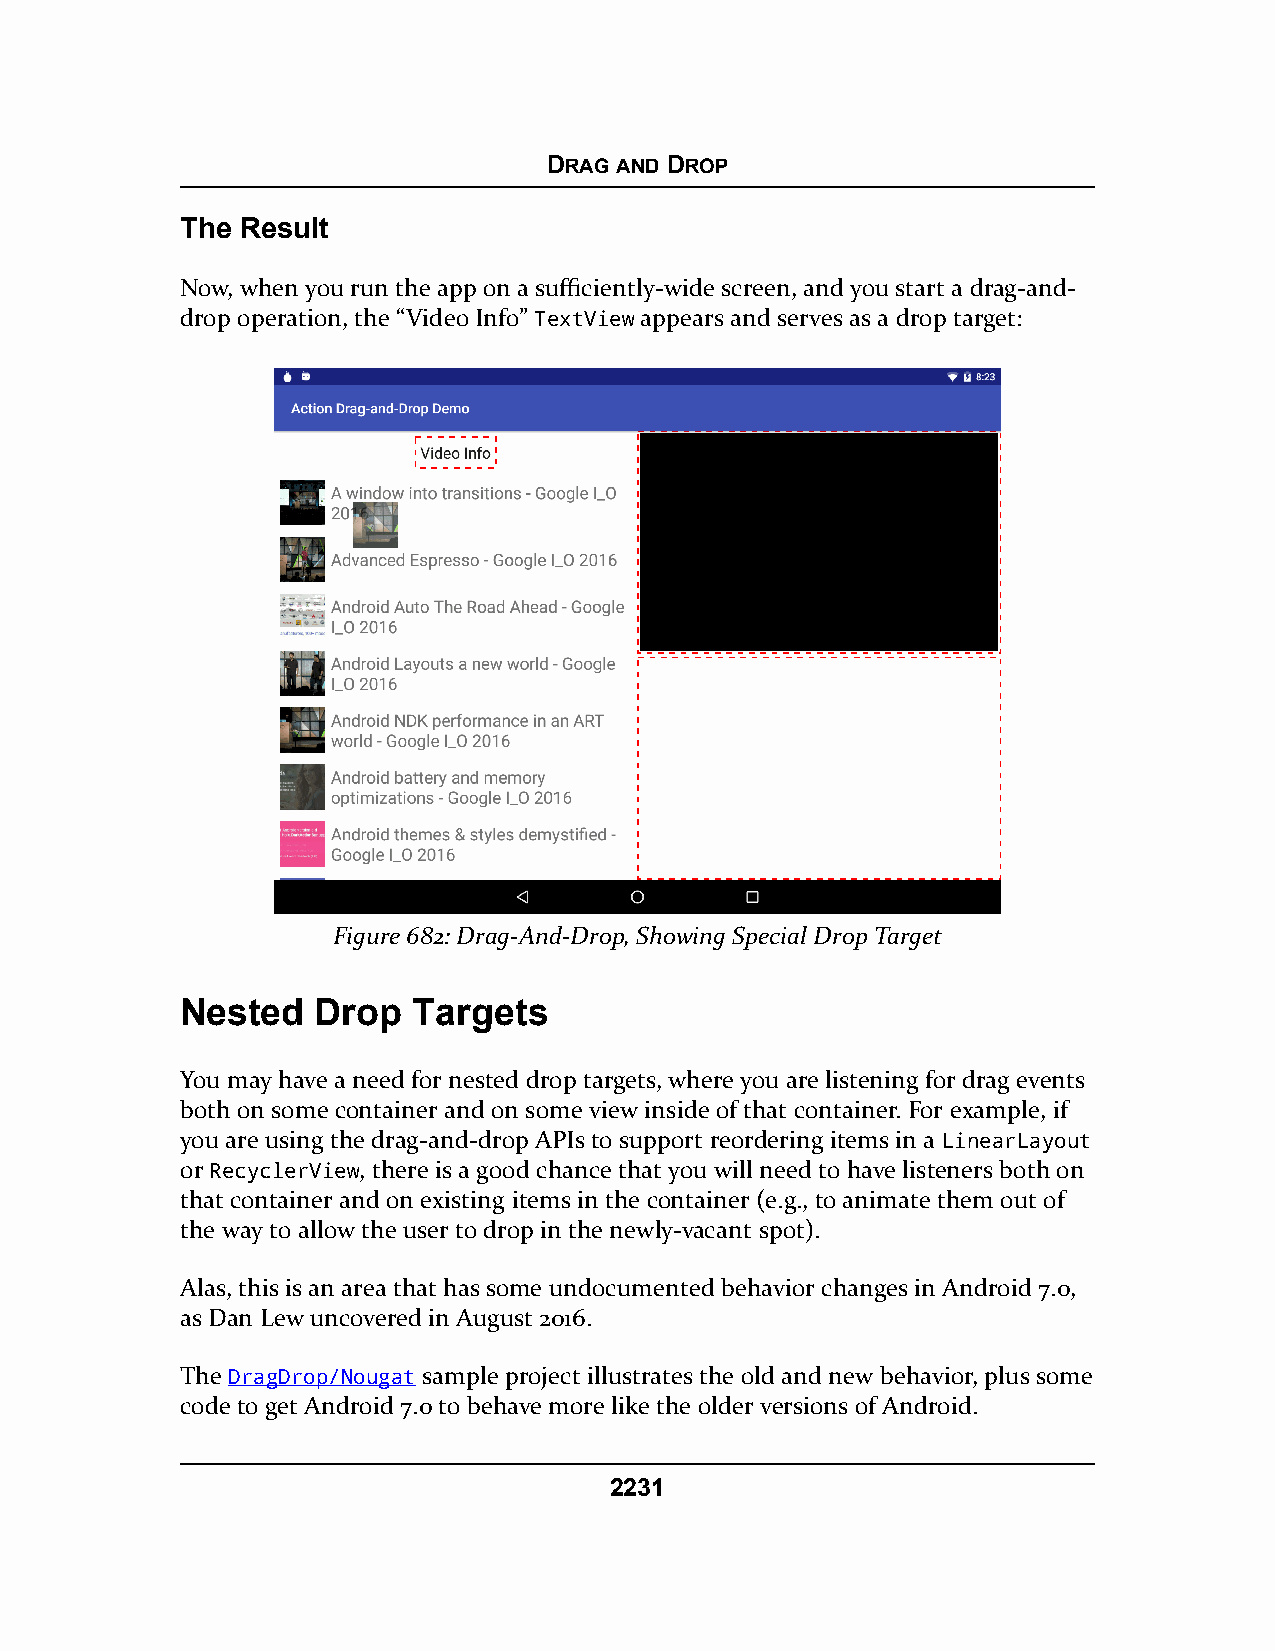
DRAG AND DROP
 The Result
 Now, when you run the app on a sufficiently-wide screen, and you start a drag-and-
 drop operation, the “Video Info” TextView appears and serves as a drop target:
 Figure 682: Drag-And-Drop, Showing Special Drop Target
 Nested   Drop  Targets
 You may have a need for nested drop targets, where you are listening for drag events
 both on some container and on some view inside of that container. For example, if
 you are using the drag-and-drop APIs to support reordering items in a LinearLayout
 or RecyclerView, there is a good chance that you will need to have listeners both on
 that container and on existing items in the container (e.g., to animate them out of
 the way to allow the user to drop in the newly-vacant spot).
 Alas, this is an area that has some undocumented behavior changes in Android 7.0,
 as Dan Lew uncovered in August 2016.
 The DragDrop/Nougat sample project illustrates the old and new behavior, plus some
 code to get Android 7.0 to behave more like the older versions of Android.
 2231